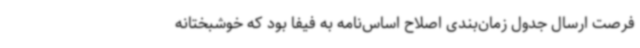
فرصت ارسال جدول زمان‌بندی اصلاح اساس‌نامه به فیفا بود که خوشبختانه